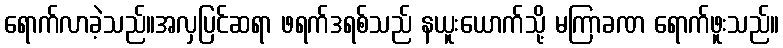
ရောက်လာခဲ့သည်။အလှပြင်ဆရာ ဖရက်ဒရစ်သည် နယူးယောက်သို့ မကြာခဏ ရောက်ဖူးသည်။